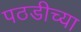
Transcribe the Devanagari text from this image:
पठडीच्या